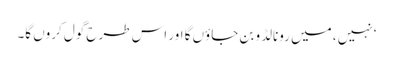
‘نہیں ، میں رونالڈو بن جاؤں گا اور اس طرح گول کروں گا۔